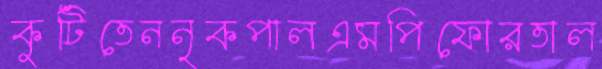
কুটিতেননৃকপালএমপিফোরতাল